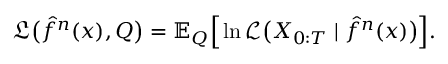
\mathfrak { L } \big ( \hat { f } ^ { n } ( x ) , Q \big ) = \mathbb { E } _ { Q } \Big [ \ln \mathscr { L } \big ( X _ { 0 : T } \mid \hat { f } ^ { n } ( x ) \big ) \Big ] .